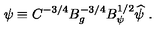
\psi \equiv C ^ { - 3 / 4 } B _ { g } ^ { - 3 / 4 } B _ { \psi } ^ { 1 / 2 } \widehat \psi \ .